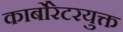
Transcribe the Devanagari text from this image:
कार्बोरेटरयुक्त